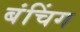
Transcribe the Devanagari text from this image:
बंचिंग